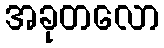
အခုတလော